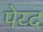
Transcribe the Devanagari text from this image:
पेय्द